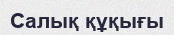
Салық құқығы